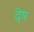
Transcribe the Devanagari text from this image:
द्रेष